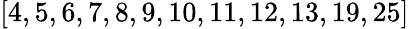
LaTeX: \left[4,5,6,7,8,9,10,11,12,13,19,25\right]